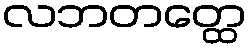
လဘတတ္ထေ